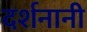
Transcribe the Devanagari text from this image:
दर्शनानी